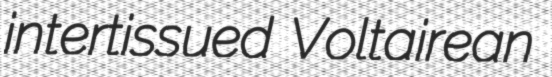
intertissued Voltairean